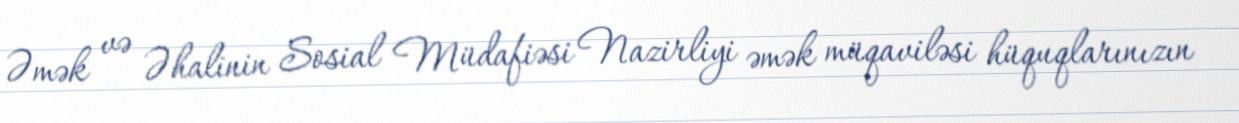
Əmək və Əhalinin Sosial Müdafiəsi Nazirliyi əmək müqaviləsi hüquqlarınızın